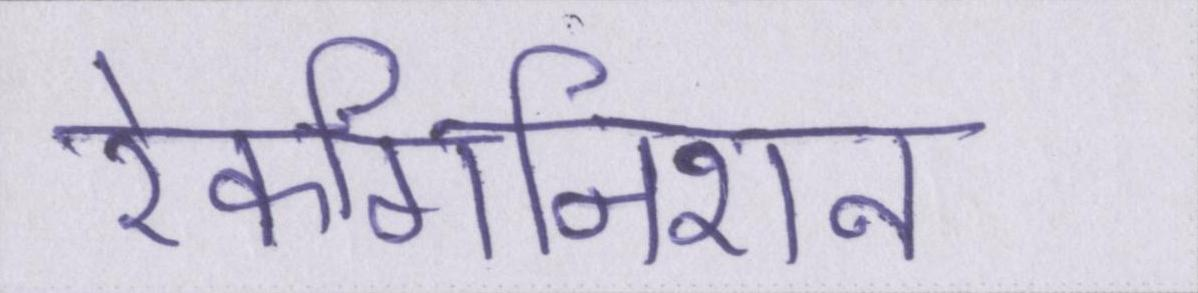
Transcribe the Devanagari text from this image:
रेकगिनिशन